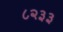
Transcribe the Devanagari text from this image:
८२३३